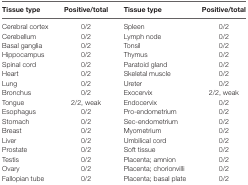
<table><thead><tr><td><b>Tissue type</b></td><td><b>Positive/total</b></td><td><b>Tissue type</b></td><td><b>Positive/total</b></td></tr></thead><tbody><tr><td>Cerebral cortex</td><td>0/2</td><td>Spleen</td><td>0/2</td></tr><tr><td>Cerebellum</td><td>0/2</td><td>Lymph node</td><td>0/2</td></tr><tr><td>Basal ganglia</td><td>0/2</td><td>Tonsil</td><td>0/2</td></tr><tr><td>Hippocampus</td><td>0/2</td><td>Thymus</td><td>0/2</td></tr><tr><td>Spinal cord</td><td>0/2</td><td>Paratoid gland</td><td>0/2</td></tr><tr><td>Heart</td><td>0/2</td><td>Skeletal muscle</td><td>0/2</td></tr><tr><td>Lung</td><td>0/2</td><td>Ureter</td><td>0/2</td></tr><tr><td>Bronchus</td><td>0/2</td><td>Exocervix</td><td>2/2, weak</td></tr><tr><td>Tongue</td><td>2/2, weak</td><td>Endocervix</td><td>0/2</td></tr><tr><td>Esophagus</td><td>0/2</td><td>Pro-endometrium</td><td>0/2</td></tr><tr><td>Stomach</td><td>0/2</td><td>Sec-endometrium</td><td>0/2</td></tr><tr><td>Breast</td><td>0/2</td><td>Myometrium</td><td>0/2</td></tr><tr><td>Liver</td><td>0/2</td><td>Umbilical cord</td><td>0/2</td></tr><tr><td>Prostate</td><td>0/2</td><td>Soft tissue</td><td>0/2</td></tr><tr><td>Testis</td><td>0/2</td><td>Placenta; amnion</td><td>0/2</td></tr><tr><td>Ovary</td><td>0/2</td><td>Placenta; chorionvilli</td><td>0/2</td></tr><tr><td>Fallopian tube</td><td>0/2</td><td>Placenta; basal plate</td><td>0/2</td></tr></tbody></table>